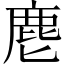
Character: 麀